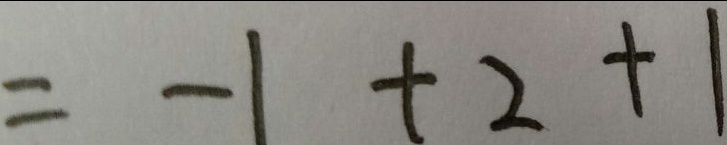
= - 1 + 2 + 1